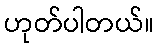
ဟုတ်ပါတယ်။